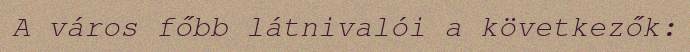
A város főbb látnivalói a következők: